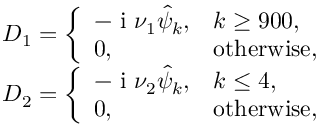
\begin{array} { r } { D _ { 1 } = \left\{ \begin{array} { l l } { - \textnormal { i } \nu _ { 1 } \hat { \psi } _ { k } , } & { k \ge 9 0 0 , } \\ { 0 , } & { \mathrm { o t h e r w i s e } , } \end{array} \right. } \\ { D _ { 2 } = \left\{ \begin{array} { l l } { - \textnormal { i } \nu _ { 2 } \hat { \psi } _ { k } , } & { k \le 4 , } \\ { 0 , } & { \mathrm { o t h e r w i s e } , } \end{array} \right. } \end{array}